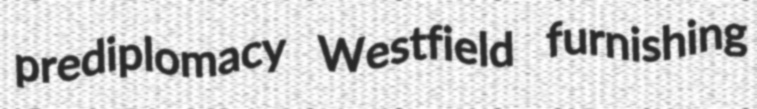
prediplomacy Westfield furnishing